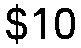
$10